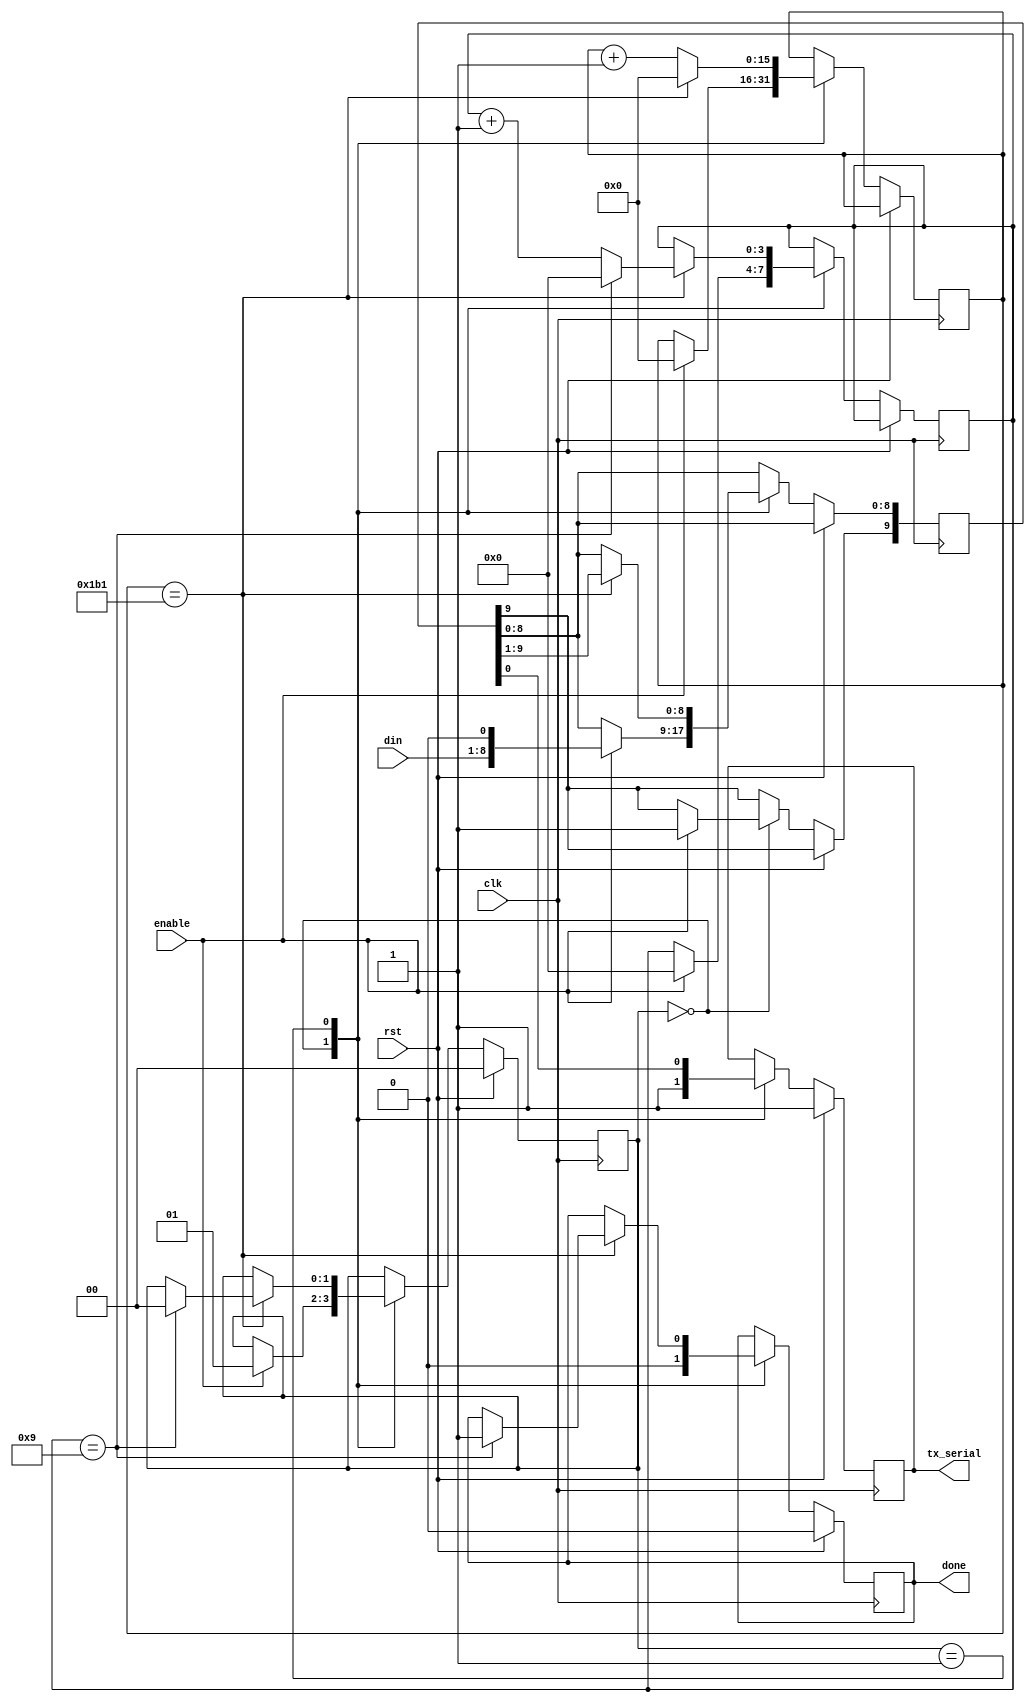
`timescale 1ns / 1ps
module UART_TX #(parameter clkdiv=50000000/115200-1)(
    input clk,
    input rst,
    input [7:0] din,
    input enable,
    output reg done,
    output reg tx_serial
);                                                                         
    reg [15:0] divcntr;
    reg [9:0] data;
    reg [1:0] State;
    reg [3:0]Counter;
    
    always@(posedge clk) begin
        if(rst) begin
        State <=2'b00;
        done<=1'b0;
        tx_serial<=1'b1;
    end
        else begin
            case(State) 
                2'b00: begin
                    tx_serial<=1'b1;
                    done <= 1'b0;
                    if(enable) begin
                        State <= 2'b01;
                        divcntr<=0;
                        Counter <=0;
                        data <= {1'b1,din,1'b0};    
                    end
                 end                  
                2'b01: begin
                    tx_serial<=data[0];
                    divcntr<=divcntr+1;
                    if(divcntr == clkdiv) begin
                        divcntr<=0;
                        Counter <= Counter +1;
                        data[8:0] <= data[9:1];
                    if(Counter==9) begin
                        Counter<=0;                         
                        State <= 2'b00;
                        done <= 1'b1;
                        end
                    end   
                end                
        endcase
    end
 end
endmodule